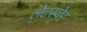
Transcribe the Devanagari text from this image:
लेटस्चेर